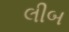
લીબ